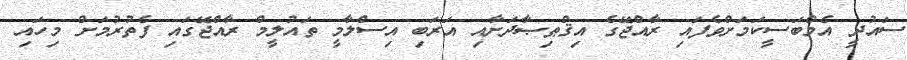
ސައުދީ އެމްބަސީކަމަށްވެފައި ރާއްޖޭގެ އިޤްޠިޞާދަށާއި އަރަބި އިސްލާމީ ތައުލީމް ރާއްޖޭގައި ފެތުރުމަށް މިހައި